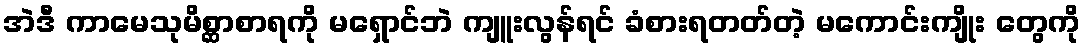
အဲဒီ ကာမေသုမိစ္ဆာစာရကို မရှောင်ဘဲ ကျူးလွန်ရင် ခံစားရတတ်တဲ့ မကောင်းကျိုး တွေကို